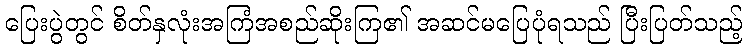
ပြေးပွဲတွင် စိတ်နှလုံးအကြံအစည်ဆိုးကြ၏ အဆင်မပြေပုံရသည် ပြီးပြတ်သည့်